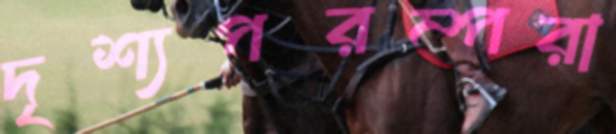
দৃশ্যপরম্পরা